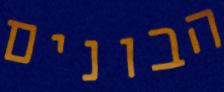
הבונים